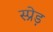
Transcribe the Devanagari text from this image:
स्प्रेड़